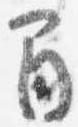
間